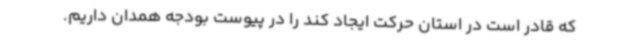
که قادر است در استان حرکت ایجاد کند را در پیوست بودجه همدان داریم.